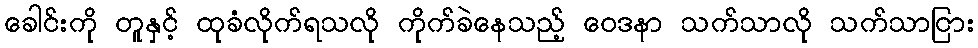
ခေါင်းကို တူနှင့် ထုခံလိုက်ရသလို ကိုက်ခဲနေသည့် ဝေဒနာ သက်သာလို သက်သာငြား